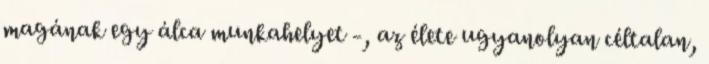
magának egy álca munkahelyet -, az élete ugyanolyan céltalan,